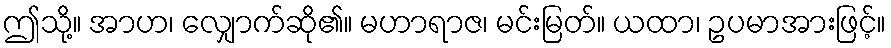
ဤသို့။ အာဟ၊ လျှောက်ဆို၏။ မဟာရာဇ၊ မင်းမြတ်။ ယထာ၊ ဥပမာအားဖြင့်။